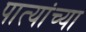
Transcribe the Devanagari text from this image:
पात्यांच्या